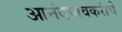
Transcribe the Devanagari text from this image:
आनंदगावकरांचे